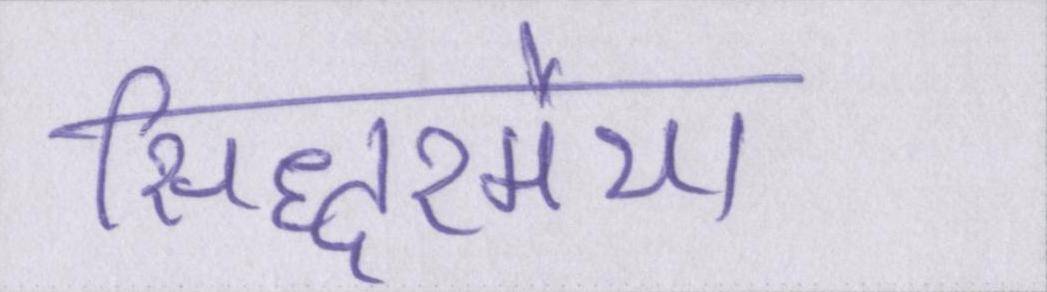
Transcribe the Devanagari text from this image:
सिद्धरमैया